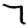
Digit: 7